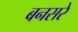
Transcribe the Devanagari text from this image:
बनसरे